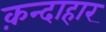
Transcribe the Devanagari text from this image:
क़न्दाहार